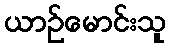
ယာဉ်မောင်းသူ